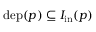
\mathrm { d e p } ( p ) \subseteq I _ { \mathrm { i n } } ( p )